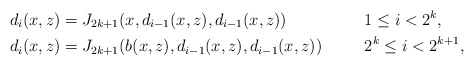
\begin{align*} d_i(x,z) & = J_{2k+1}(x,d_{i-1}(x,z),d_{i-1}(x,z)) && 1\leq i< 2^k, \\ d_i(x,z) & = J_{2k+1}(b(x,z),d_{i-1}(x,z),d_{i-1}(x,z)) && 2^k\leq i<2^{k+1},\end{align*}